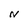
Character: N